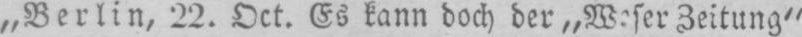
Zeitung“